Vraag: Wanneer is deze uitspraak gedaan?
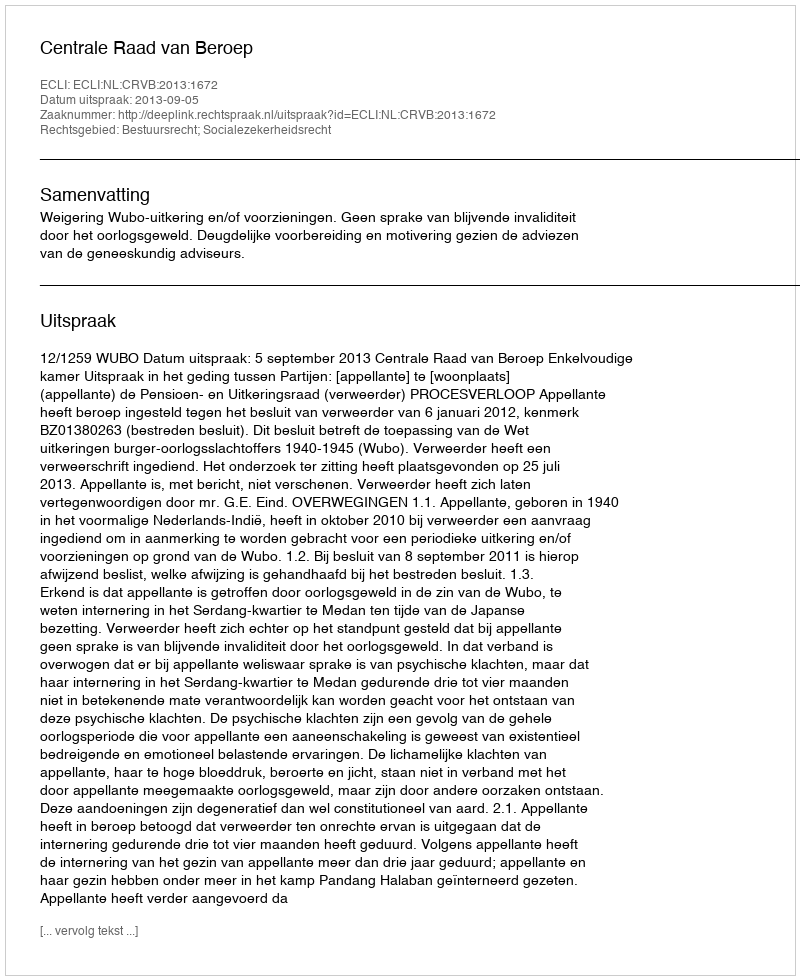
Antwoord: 2013-09-05